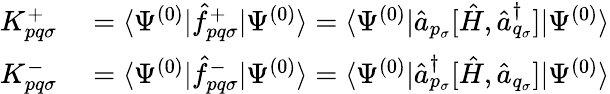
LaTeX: \begin{array}{rl}{K_{pq\sigma}^{+}}&{{}=\langle\Psi^{(0)}|\hat{f}_{pq\sigma}^{+}|\Psi^{(0)}\rangle=\langle\Psi^{(0)}|\hat{a}_{p_{\sigma}}[\hat{H},\hat{a}_{q_{\sigma}}^{\dagger}]|\Psi^{(0)}\rangle}\\ {K_{pq\sigma}^{-}}&{{}=\langle\Psi^{(0)}|\hat{f}_{pq\sigma}^{-}|\Psi^{(0)}\rangle=\langle\Psi^{(0)}|\hat{a}_{p_{\sigma}}^{\dagger}[\hat{H},\hat{a}_{q_{\sigma}}]|\Psi^{(0)}\rangle}\end{array}